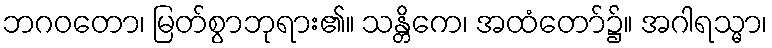
ဘဂဝတော၊ မြတ်စွာဘုရား၏။ သန္တိကေ၊ အထံတော်၌။ အဂါရသ္မာ၊